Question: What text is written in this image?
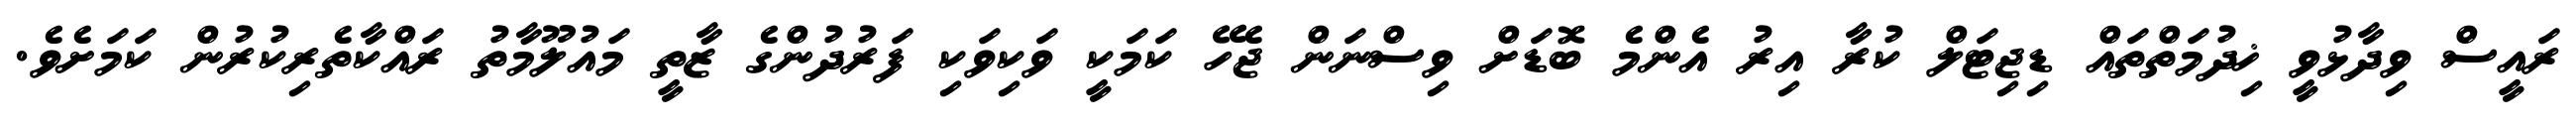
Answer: ރައީސް ވިދާޅުވީ ޚިދުމަތްތައް ޑިޖިޓަލް ކުރާ އިރު އެންމެ ބޮޑަށް ވިސްނަން ޖެހޭ ކަމަކީ ވަކިވަކި ފަރުދުންގެ ޒާތީ މައުލޫމާތު ރައްކާތެރިކުރުން ކަމަށެވެ.